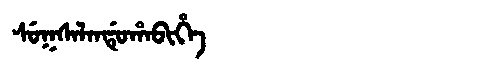
Manchu: ᠰᡠᡴᠰᠠᠯᠠᠨᡩᡠᡥᠠᠪᡳᡥᡝ
Romanization: SUKSALANDUHABIHE